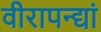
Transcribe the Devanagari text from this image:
वीरापन्द्यां